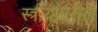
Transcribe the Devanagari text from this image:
स्त्रीयांवरील